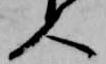
人